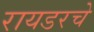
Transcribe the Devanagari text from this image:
रायडरचे